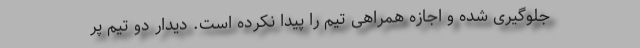
جلوگیری شده و اجازه همراهی تیم را پیدا نکرده است. دیدار دو تیم پر